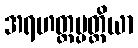
အရဟတ္တပ္ပတ္တိယာ